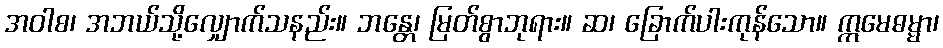
အဝါစ၊ အဘယ်သို့လျှောက်သနည်း။ ဘန္တေ၊ မြတ်စွာဘုရား။ ဆ၊ ခြောက်ပါးကုန်သော။ ဣမေဓမ္မာ၊